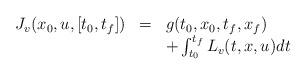
LaTeX: \begin{align*}\begin{array}{rcl}{{J}_{v}}({{x}_{0}},u,[{{t}_{0}},{{t}_{f}}]) & = &g({{t}_{0}},{{x}_{0}},{{t}_{f}},{{x}_{f}})\\& & +\int_{{{t}_{0}}}^{{{t}_{f}}}{{{L}_{v}}(t,x,u)dt}\end{array}\end{align*}